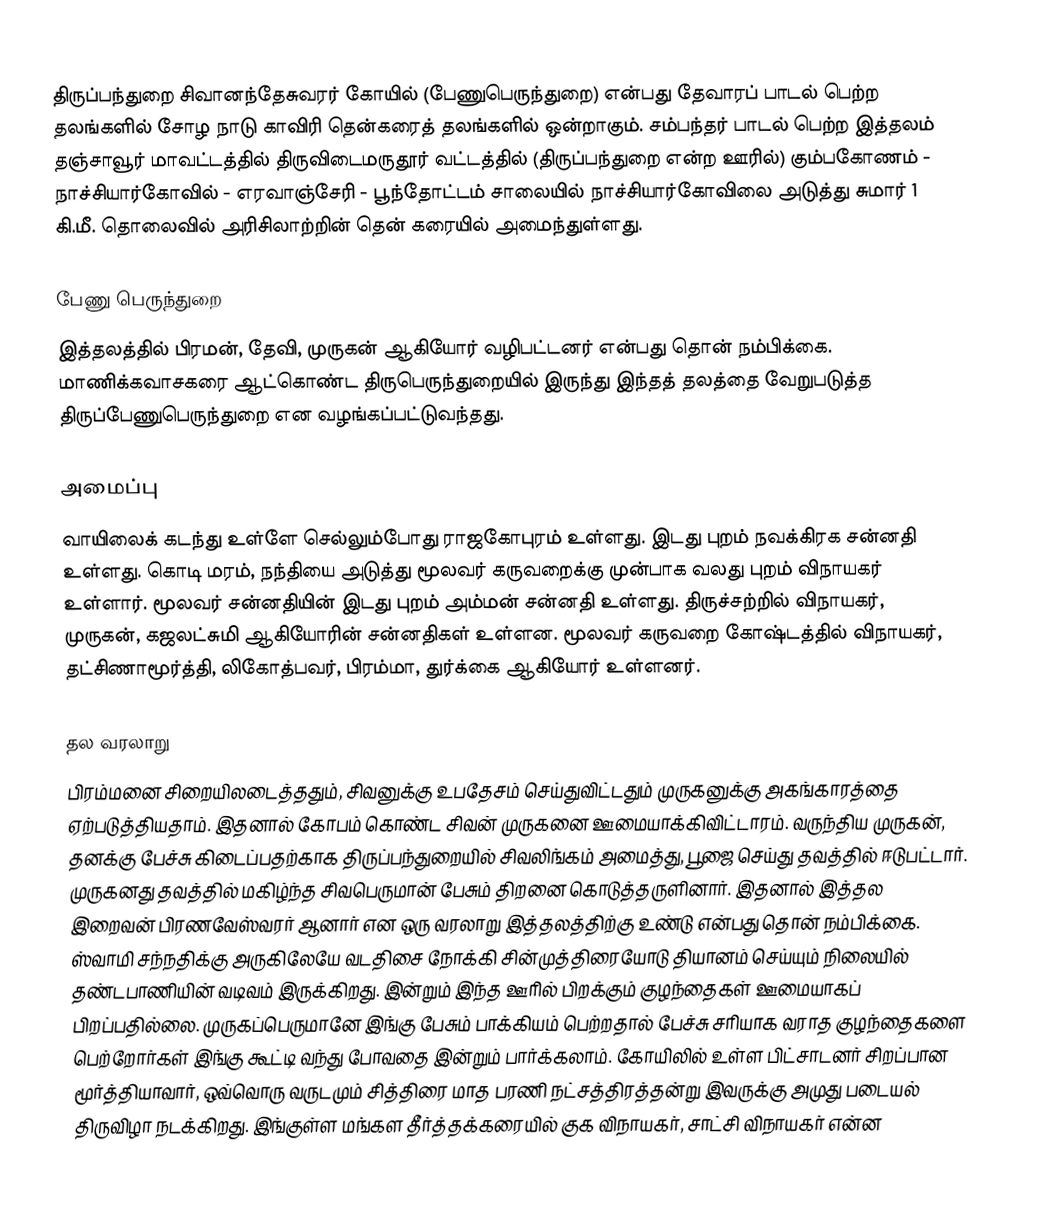
திருப்பந்துறை சிவானந்தேசுவரர் கோயில் (பேணுபெருந்துறை) என்பது தேவாரப் பாடல் பெற்ற தலங்களில் சோழ நாடு காவிரி தென்கரைத் தலங்களில்  ஒன்றாகும். சம்பந்தர் பாடல் பெற்ற இத்தலம் தஞ்சாவூர் மாவட்டத்தில்  திருவிடைமருதூர் வட்டத்தில் (திருப்பந்துறை என்ற ஊரில்) கும்பகோணம் - நாச்சியார்கோவில் - எரவாஞ்சேரி - பூந்தோட்டம் சாலையில் நாச்சியார்கோவிலை அடுத்து சுமார் 1 கி.மீ. தொலைவில் அரிசிலாற்றின் தென் கரையில் அமைந்துள்ளது.

பேணு பெருந்துறை
இத்தலத்தில் பிரமன், தேவி, முருகன் ஆகியோர் வழிபட்டனர் என்பது தொன் நம்பிக்கை. மாணிக்கவாசகரை  ஆட்கொண்ட  திருபெருந்துறையில் இருந்து இந்தத் தலத்தை வேறுபடுத்த திருப்பேணுபெருந்துறை என வழங்கப்பட்டுவந்தது.

அமைப்பு
 வாயிலைக் கடந்து உள்ளே செல்லும்போது ராஜகோபுரம் உள்ளது. இடது புறம் நவக்கிரக சன்னதி உள்ளது. கொடி மரம், நந்தியை அடுத்து மூலவர் கருவறைக்கு முன்பாக வலது புறம் விநாயகர் உள்ளார். மூலவர் சன்னதியின் இடது புறம் அம்மன் சன்னதி உள்ளது. திருச்சற்றில் விநாயகர், முருகன், கஜலட்சுமி ஆகியோரின் சன்னதிகள் உள்ளன. மூலவர் கருவறை கோஷ்டத்தில் விநாயகர், தட்சிணாமூர்த்தி, லிகோத்பவர், பிரம்மா, துர்க்கை ஆகியோர் உள்ளனர்.

தல வரலாறு
பிரம்மனை சிறையிலடைத்ததும், சிவனுக்கு உபதேசம் செய்துவிட்டதும் முருகனுக்கு அகங்காரத்தை ஏற்படுத்தியதாம். இதனால் கோபம் கொண்ட சிவன் முருகனை ஊமையாக்கிவிட்டாரம். வருந்திய முருகன், தனக்கு பேச்சு கிடைப்பதற்காக திருப்பந்துறையில் சிவலிங்கம் அமைத்து, பூஜை செய்து தவத்தில் ஈடுபட்டார். முருகனது தவத்தில் மகிழ்ந்த சிவபெருமான் பேசும் திறனை கொடுத்தருளினார். இதனால் இத்தல இறைவன் பிரணவேஸ்வரர் ஆனார் என ஒரு வரலாறு இத்தலத்திற்கு உண்டு என்பது தொன் நம்பிக்கை. ஸ்வாமி சந்நதிக்கு அருகிலேயே வடதிசை நோக்கி சின்முத்திரையோடு தியானம் செய்யும் நிலையில் தண்டபாணியின் வடிவம் இருக்கிறது. இன்றும் இந்த ஊரில் பிறக்கும் குழந்தைகள் ஊமையாகப் பிறப்பதில்லை. முருகப்பெருமானே இங்கு பேசும் பாக்கியம் பெற்றதால் பேச்சு சரியாக வராத குழந்தைகளை பெற்றோர்கள் இங்கு கூட்டி வந்து போவதை இன்றும் பார்க்கலாம். கோயிலில் உள்ள பிட்சாடனர் சிறப்பான மூர்த்தியாவார், ஒவ்வொரு வருடமும் சித்திரை மாத பரணி நட்சத்திரத்தன்று இவருக்கு அமுது படையல் திருவிழா நடக்கிறது. இங்குள்ள மங்கள தீர்த்தக்கரையில் குக விநாயகர், சாட்சி விநாயகர் என்ன